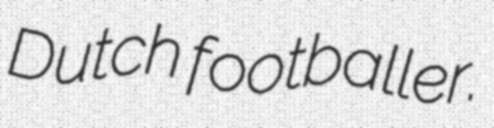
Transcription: Dutch footballer.